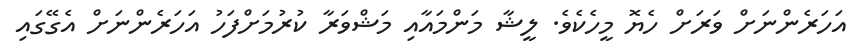
އަހަރެންނަށް ވަރަށް ހެޔޮ މީހެކެވެ. ލީޝާ މަންމައާއި މަޝްވަރާ ކުރުމަށްފަހު އަހަރެންނަށް އެގޭގައި